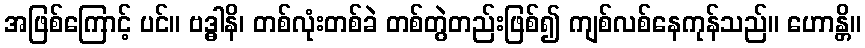
အဖြစ်ကြောင့် ပင်။ ဗဒ္ဓါနိ၊ တစ်လုံးတစ်ခဲ တစ်တွဲတည်းဖြစ်၍ ကျစ်လစ်နေကုန်သည်။ ဟောန္တိ။